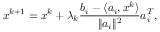
x ^ { k + 1 } = x ^ { k } + \lambda _ { k } { \frac { b _ { i } - \langle a _ { i } , x ^ { k } \rangle } { \| a _ { i } \| ^ { 2 } } } a _ { i } ^ { T } ,